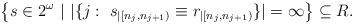
LaTeX: \begin{align*} \left\{ s \in 2^\omega \ | \ |\{ j : \ s_{|[n_j,n_{j+1}) } \equiv r_{|[n_j,n_{j+1}) } \}| = \infty \right\} \subseteq R . \end{align*}